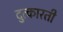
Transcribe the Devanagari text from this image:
दुत्कारती